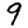
Digit: 9